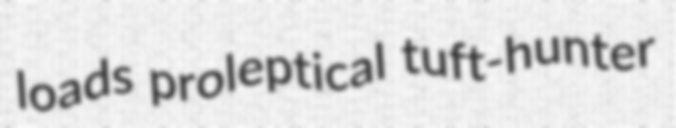
loads proleptical tuft-hunter